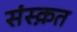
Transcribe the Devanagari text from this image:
संस्‍क़त